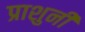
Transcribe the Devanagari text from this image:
प्राशुनी